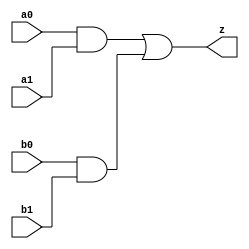
//#############################################################################
//# Function: And-Or (ao22) Gate                                              #
//#                                                                           #
//# Copyright: OH Project Authors. ALl rights Reserved.                       #
//# License:  MIT (see LICENSE file in OH repository)                         # 
//#############################################################################

module oh_ao22 #(parameter DW = 1 ) // array width
   (
    input [DW-1:0]  a0,
    input [DW-1:0]  a1,
    input [DW-1:0]  b0,
    input [DW-1:0]  b1,
    output [DW-1:0] z
    );
   
   assign z = (a0 & a1) | (b0 & b1);
   
endmodule